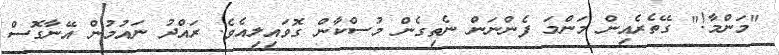
"މަންމާ!" ގޭތެރެއިން މަންމަ ފެންނަން ނެތިގެން މުސްކާން ގޮވައިލިއެވެ. ރައްދު ނައުމުން އޭނާގޮސް